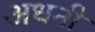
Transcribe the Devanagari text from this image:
अधनी